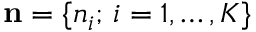
{ \bf n } = \{ n _ { i } ; \, i = 1 , \dots , K \}